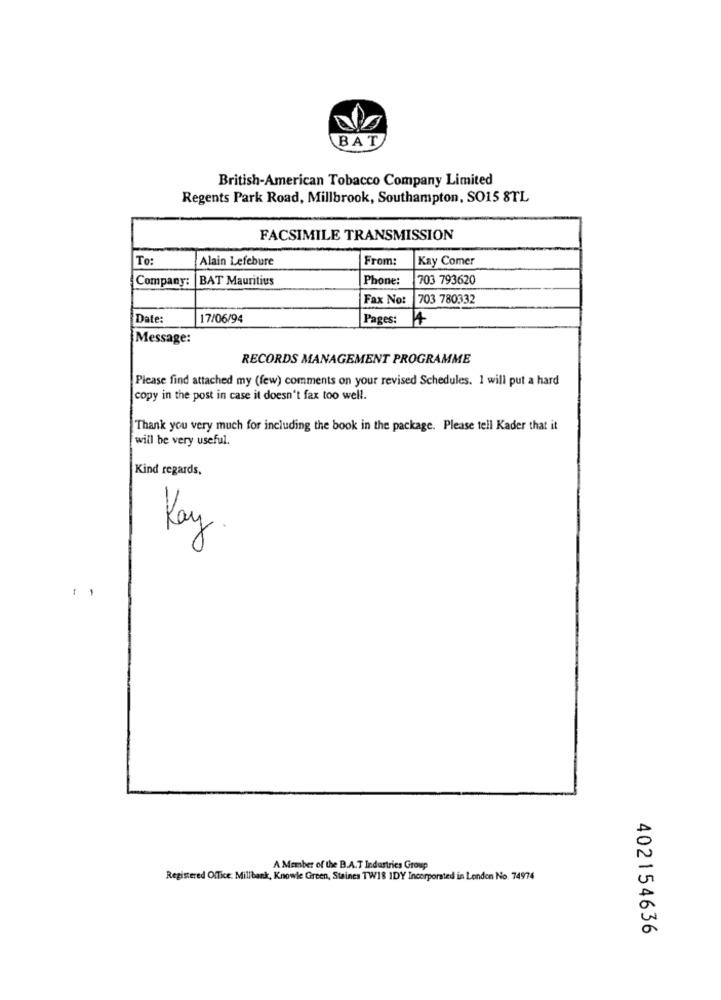
BAT
British-American Tobacco Company Limited
Regents Park Road, Millbrook, Southampton, SO15 8TL
FACSIMILE TRANSMISSION
To:
Alain Lefebure
From:
Kay Comer
Company:
BAT Mauritius
Phone:
703 793620
Fax No:
703 780332
Date:
17/06/94
Pages:
14
Message:
RECORDS MANAGEMENT PROGRAMME
Please find attached my (few) comments on your revised Schedules. 1 will put a hard
copy in the post in case it doesn't fax too well.
Thank you very much for including the book in the package. Please tell Kader that it
will be very useful.
Kind regards,
Kay .
-
-
A Member of the B.A.T Industries Group
Registered Office: Millbank, Knowle Green, Staines TW18 IDY Incorporated in London No. 74974
402154636